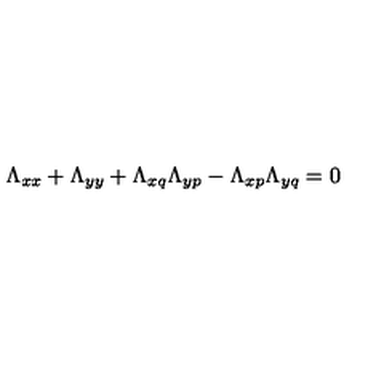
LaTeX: \Lambda _ { x x } + \Lambda _ { y y } + \Lambda _ { x q } \Lambda _ { y p } - \Lambda _ { x p } \Lambda _ { y q } = 0